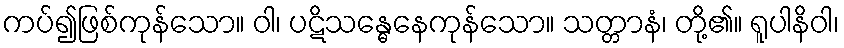
ကပ်၍ဖြစ်ကုန်သော။ ဝါ၊ ပဋိသန္ဓေနေကုန်သော။ သတ္တာနံ၊ တို့၏။ ရူပါနိဝါ၊